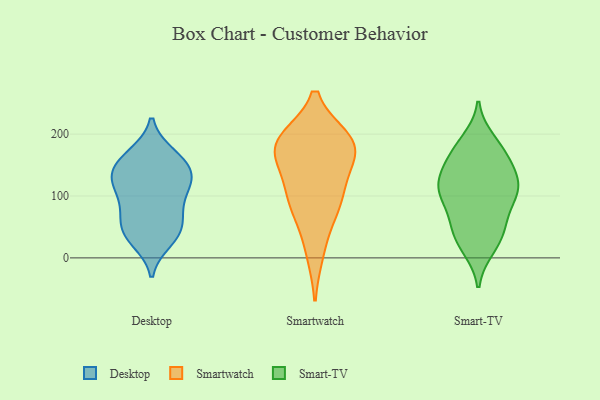
{"axis": {"x": "Gross Profit (USD K)", "y": "Value"}, "legend": ["Desktop", "Smart-TV", "Smartwatch"], "data": [{"x": "", "y": 127, "type": "Desktop"}, {"x": "", "y": 129, "type": "Desktop"}, {"x": "", "y": 87, "type": "Desktop"}, {"x": "", "y": 48, "type": "Desktop"}, {"x": "", "y": 137, "type": "Desktop"}, {"x": "", "y": 165, "type": "Desktop"}, {"x": "", "y": 108, "type": "Desktop"}, {"x": "", "y": 167, "type": "Desktop"}, {"x": "", "y": 36, "type": "Desktop"}, {"x": "", "y": 117, "type": "Desktop"}, {"x": "", "y": 157, "type": "Desktop"}, {"x": "", "y": 77, "type": "Desktop"}, {"x": "", "y": 139, "type": "Desktop"}, {"x": "", "y": 62, "type": "Desktop"}, {"x": "", "y": 40, "type": "Desktop"}, {"x": "", "y": 28, "type": "Desktop"}, {"x": "", "y": 114, "type": "Smartwatch"}, {"x": "", "y": 186, "type": "Smartwatch"}, {"x": "", "y": 88, "type": "Smartwatch"}, {"x": "", "y": 10, "type": "Smartwatch"}, {"x": "", "y": 107, "type": "Smartwatch"}, {"x": "", "y": 178, "type": "Smartwatch"}, {"x": "", "y": 183, "type": "Smartwatch"}, {"x": "", "y": 182, "type": "Smartwatch"}, {"x": "", "y": 163, "type": "Smartwatch"}, {"x": "", "y": 190, "type": "Smartwatch"}, {"x": "", "y": 70, "type": "Smartwatch"}, {"x": "", "y": 132, "type": "Smart-TV"}, {"x": "", "y": 37, "type": "Smart-TV"}, {"x": "", "y": 57, "type": "Smart-TV"}, {"x": "", "y": 166, "type": "Smart-TV"}, {"x": "", "y": 113, "type": "Smart-TV"}, {"x": "", "y": 138, "type": "Smart-TV"}, {"x": "", "y": 18, "type": "Smart-TV"}, {"x": "", "y": 110, "type": "Smart-TV"}, {"x": "", "y": 190, "type": "Smart-TV"}, {"x": "", "y": 98, "type": "Smart-TV"}, {"x": "", "y": 96, "type": "Smart-TV"}, {"x": "", "y": 156, "type": "Smart-TV"}, {"x": "", "y": 117, "type": "Smart-TV"}, {"x": "", "y": 94, "type": "Smart-TV"}, {"x": "", "y": 184, "type": "Smart-TV"}, {"x": "", "y": 15, "type": "Smart-TV"}, {"x": "", "y": 51, "type": "Smart-TV"}, {"x": "", "y": 118, "type": "Smart-TV"}, {"x": "", "y": 165, "type": "Smart-TV"}, {"x": "", "y": 50, "type": "Smart-TV"}]}